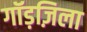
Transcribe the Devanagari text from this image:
गॉड़ज़िला